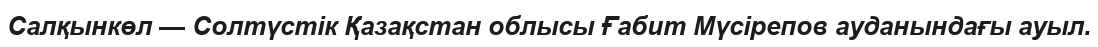
Салқынкөл — Солтүстік Қазақстан облысы Ғабит Мүсірепов ауданындағы ауыл.